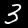
Label: 3